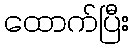
ထောက်ပြီး